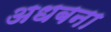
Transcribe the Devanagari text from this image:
अधबना